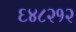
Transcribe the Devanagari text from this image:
६४८२१२